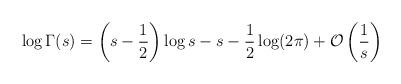
LaTeX: \begin{align*} \log \Gamma(s)=\left(s-\frac{1}{2}\right)\log s-s-\frac{1}{2}\log(2\pi)+\mathcal{O}\left(\frac{1}{s}\right) \end{align*}